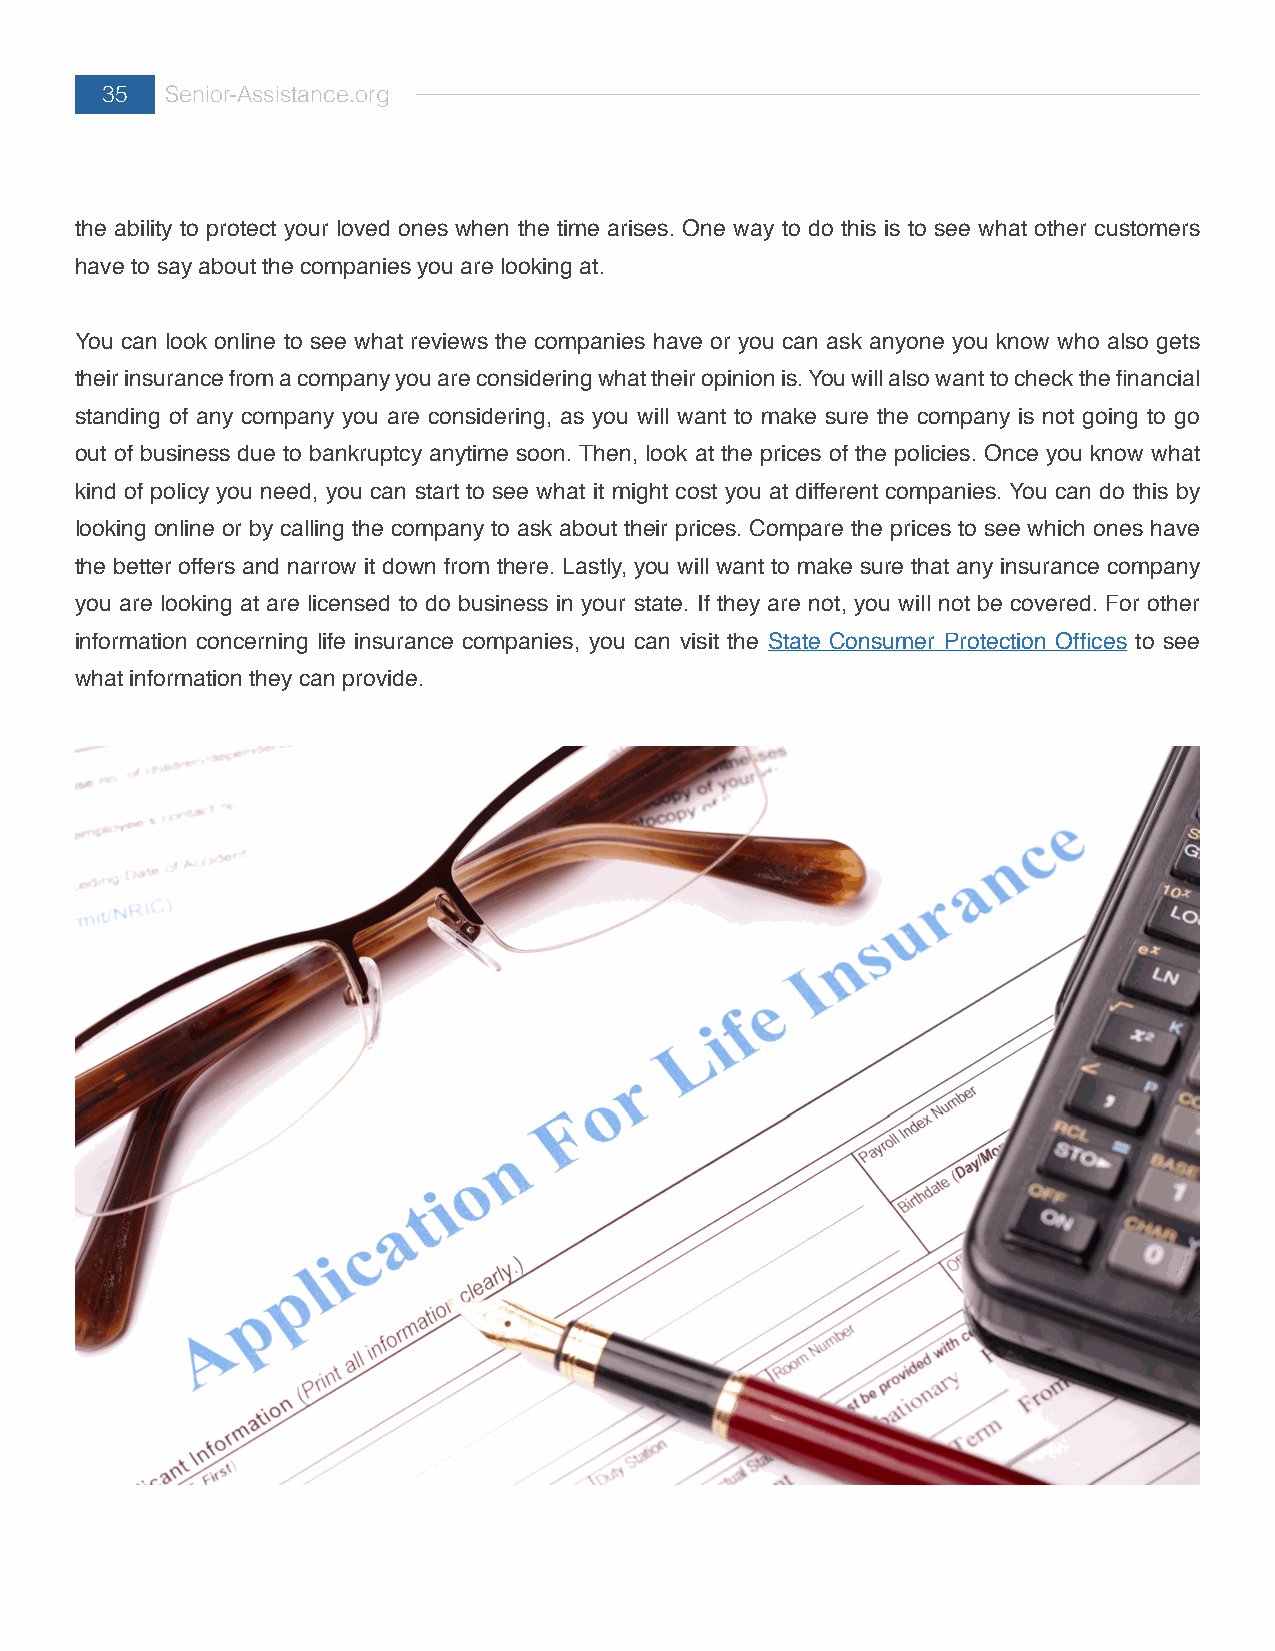
35  Senior-Assistance.org
 the ability to protect your loved ones when the time arises. One way to do this is to see what other customers
 have to say about the companies you are looking at.
 You can look online to see what reviews the companies have or you can ask anyone you know who also gets
 their insurance from a company you are considering what their opinion is. You will also want to check the financial
 standing of any company you are considering, as you will want to make sure the company is not going to go
 out of business due to bankruptcy anytime soon. Then, look at the prices of the policies. Once you know what
 kind of policy you need, you can start to see what it might cost you at different companies. You can do this by
 looking online or by calling the company to ask about their prices. Compare the prices to see which ones have
 the better offers and narrow it down from there. Lastly, you will want to make sure that any insurance company
 you are looking at are licensed to do business in your state. If they are not, you will not be covered. For other
 information concerning life insurance companies, you can visit the State Consumer Protection Offices to see
 what information they can provide.